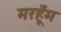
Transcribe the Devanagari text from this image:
मरहूँम